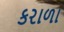
કરાળા